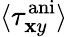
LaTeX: \langle\tau_{\mathbf{x}y}^{\mathrm{{ani}}}\rangle